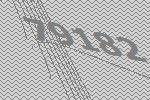
79182